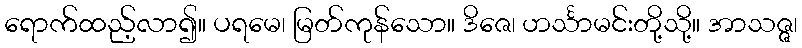
ရောက်ထည့်လာ၍။ ပရမေ၊ မြတ်ကုန်သော။ ဒိဇေ၊ ဟင်္သာမင်းတို့သို့။ အာသဇ္ဇ၊